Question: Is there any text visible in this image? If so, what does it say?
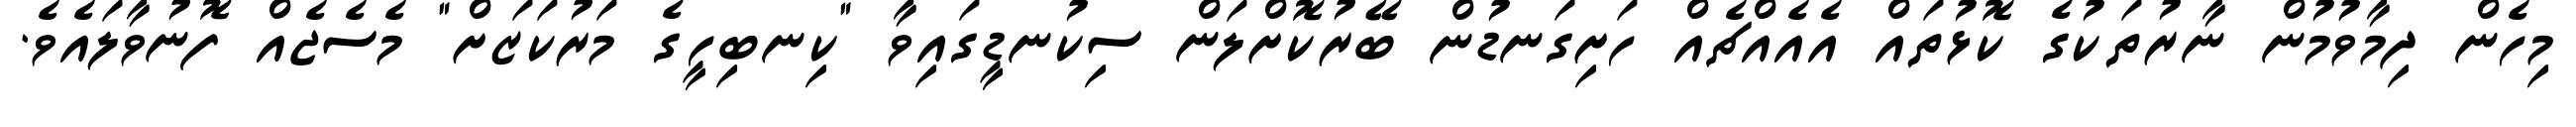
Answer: މިހެން ދިމާވުމުން ނާރުތަކުގެ ކޮޅުތައް އެއެއްޗެއް ހަށިގަނޑުން ބޭރުކޮށްލަން ސިކުނޑީގައިވާ "ކިނބިހީގެ މަރުކަޒަށް" މެސެޖެއް ފޮނުވާލައެވެ.